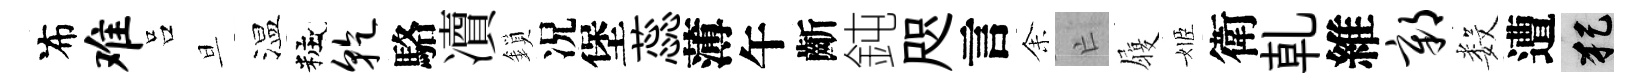
布难吕旦温粧干駱凟鎖况堡蕊薄午齗鈍咫言𪜬亡履姬衛乹維鄣数遭犯